Report on the working of the Ranchi Indian Mental Hospital, Kanke, in Bihar and Orissa - 1930-1940
Year: 1930
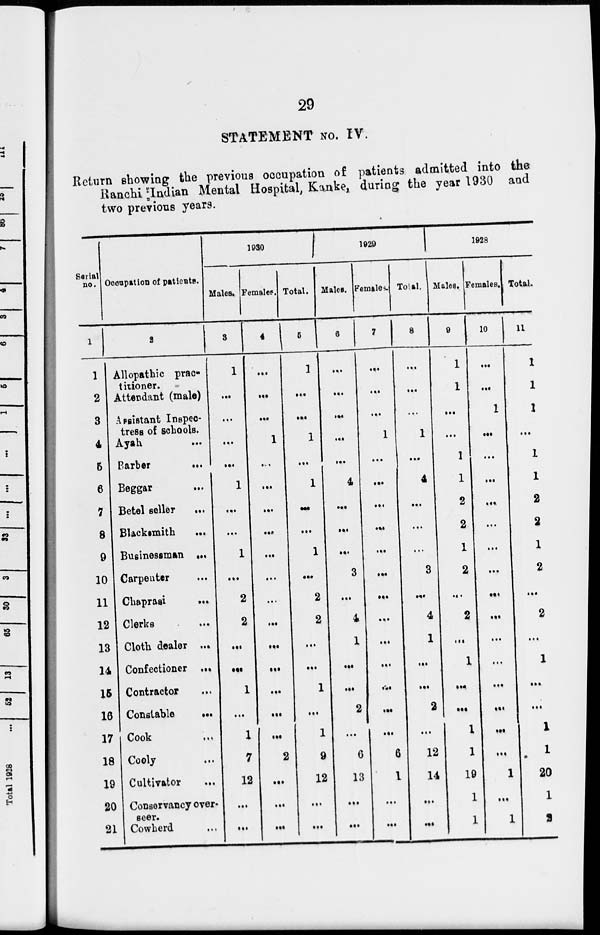
29
STATEMENT No. IV.
Return showing the previous occupation of patients admitted into the
Ranchi Indian Mental Hospital, Kanke, during the year 1930 and
two previous years.
Serial
no.
1
1
2
3
4
5
6
7
8
9
10
11
12
13
14
15
16
17
18
19
20
21
Occupation of patients.
2
Allopathic prac-
titioner.
Attendant (male)
Assistant Inspec-
tress of schools.
Ayah ...
Barber
...
Beggar ...
Betel seller ...
Blacksmith
...
Businessman ...
Carpenter ...
Chaprasi
...
Clerks ...
Cloth dealer ...
Confectioner ...
Contractor ...
Constable
...
Cook ...
Cooly ...
Cultivator
...
Conservancy over-
seer.
Cowherd ...
1930
Males.
3
1
...
...
...
...
1
...
...
1
...
2
2
...
...
1
...
1
7
12
...
...
Females.
4
...
...
...
1
...
...
...
...
...
...
...
...
...
...
...
...
...
2
...
...
...
Total.
5
1
...
...
1
...
1
...
...
1
...
2
2
...
...
1
...
1
9
12
...
...
1929
Males.
6
...
...
...
...
...
4
...
...
...
3
...
4
1
...
...
2
...
6
13
...
...
Females.
7
...
...
...
1
...
...
...
...
...
...
...
...
...
...
...
...
...
6
1
...
...
Total.
8
...
...
...
1
...
4
...
...
...
3
...
4
1
...
...
2
...
12
14
...
...
1928
Males.
9
1
1
...
...
1
1
2
2
1
2
...
2
...
1
...
...
1
1
19
1
1
Females.
10
...
...
1
...
...
...
...
...
...
...
...
...
...
...
...
...
...
...
1
...
1
Total.
11
1
1
1
...
1
1
2
2
1
2
...
2
...
1
...
...
1
1
20
1
2